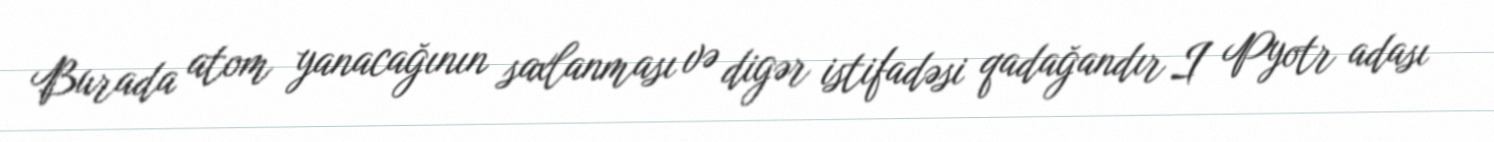
Burada atom yanacağının saxlanması və digər istifadəsi qadağandır I Pyotr adası